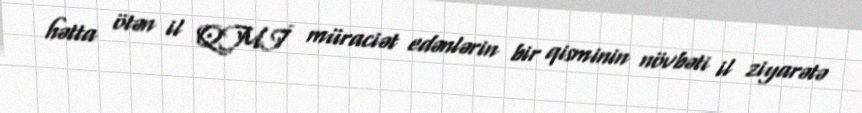
hətta ötən il QMİ müraciət edənlərin bir qisminin növbəti il ziyarətə